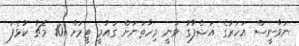
ނަވާނީސް އަހަރުގެ އަޝްފާގު ވަނީ މިހާތަނަށް ގައުމީ ޓީމަށް 101 މެޗު ކުޅެފަ